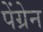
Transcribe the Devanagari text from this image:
पेंग्रेन